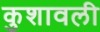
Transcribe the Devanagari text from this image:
कुशावली